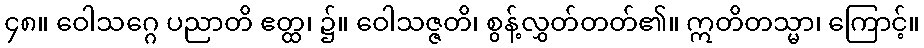
၄၈။ ဝေါသဂ္ဂေ ပညာတိ ဧတ္ထ၊ ၌။ ဝေါသဇ္ဇတိ၊ စွန့်လွှတ်တတ်၏။ ဣတိတသ္မာ၊ ကြောင့်။